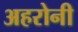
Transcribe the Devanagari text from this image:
अहरोनी